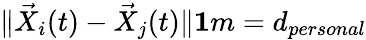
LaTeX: \| \vec{X}_{i}(t)-\vec{X}_{j}(t)\| \le 1m=d_{personal}